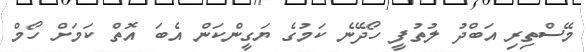
މޭސްތިރި އަބްދު ލުތުފީ ހޯދޭނެ ކަމުގެ ޔަގީންކަން އެބަ އޮތް ކަމަށް ހޯމް